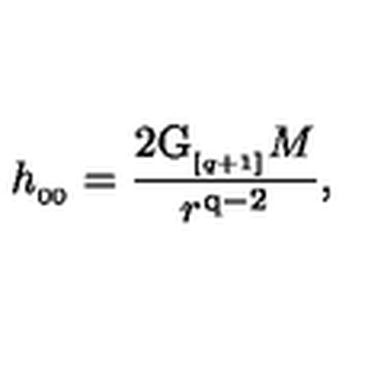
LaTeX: h _ { _ { 0 0 } } = { \frac { 2 \mathrm { G } _ { _ { [ q + 1 ] } } M } { r ^ { \mathrm { q - 2 } } } } ,